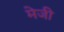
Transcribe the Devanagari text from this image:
मेजी